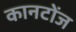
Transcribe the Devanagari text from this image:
कानटोंज